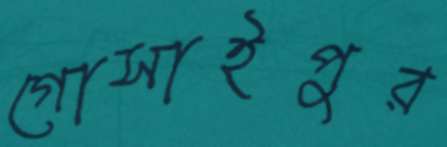
গোসাইপুর